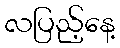
လပြည့်နေ့